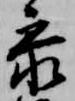
参